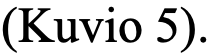
(Kuvio 5).